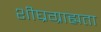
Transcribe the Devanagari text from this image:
शीघ्रग्राह्यता